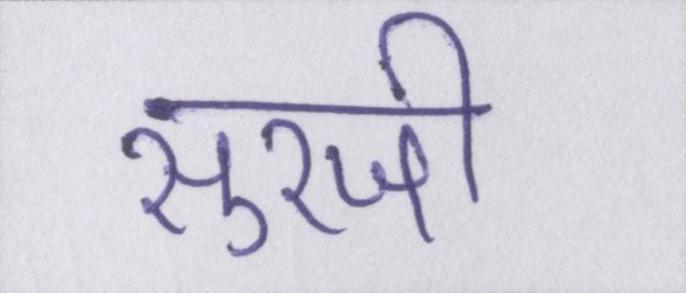
सुरजी